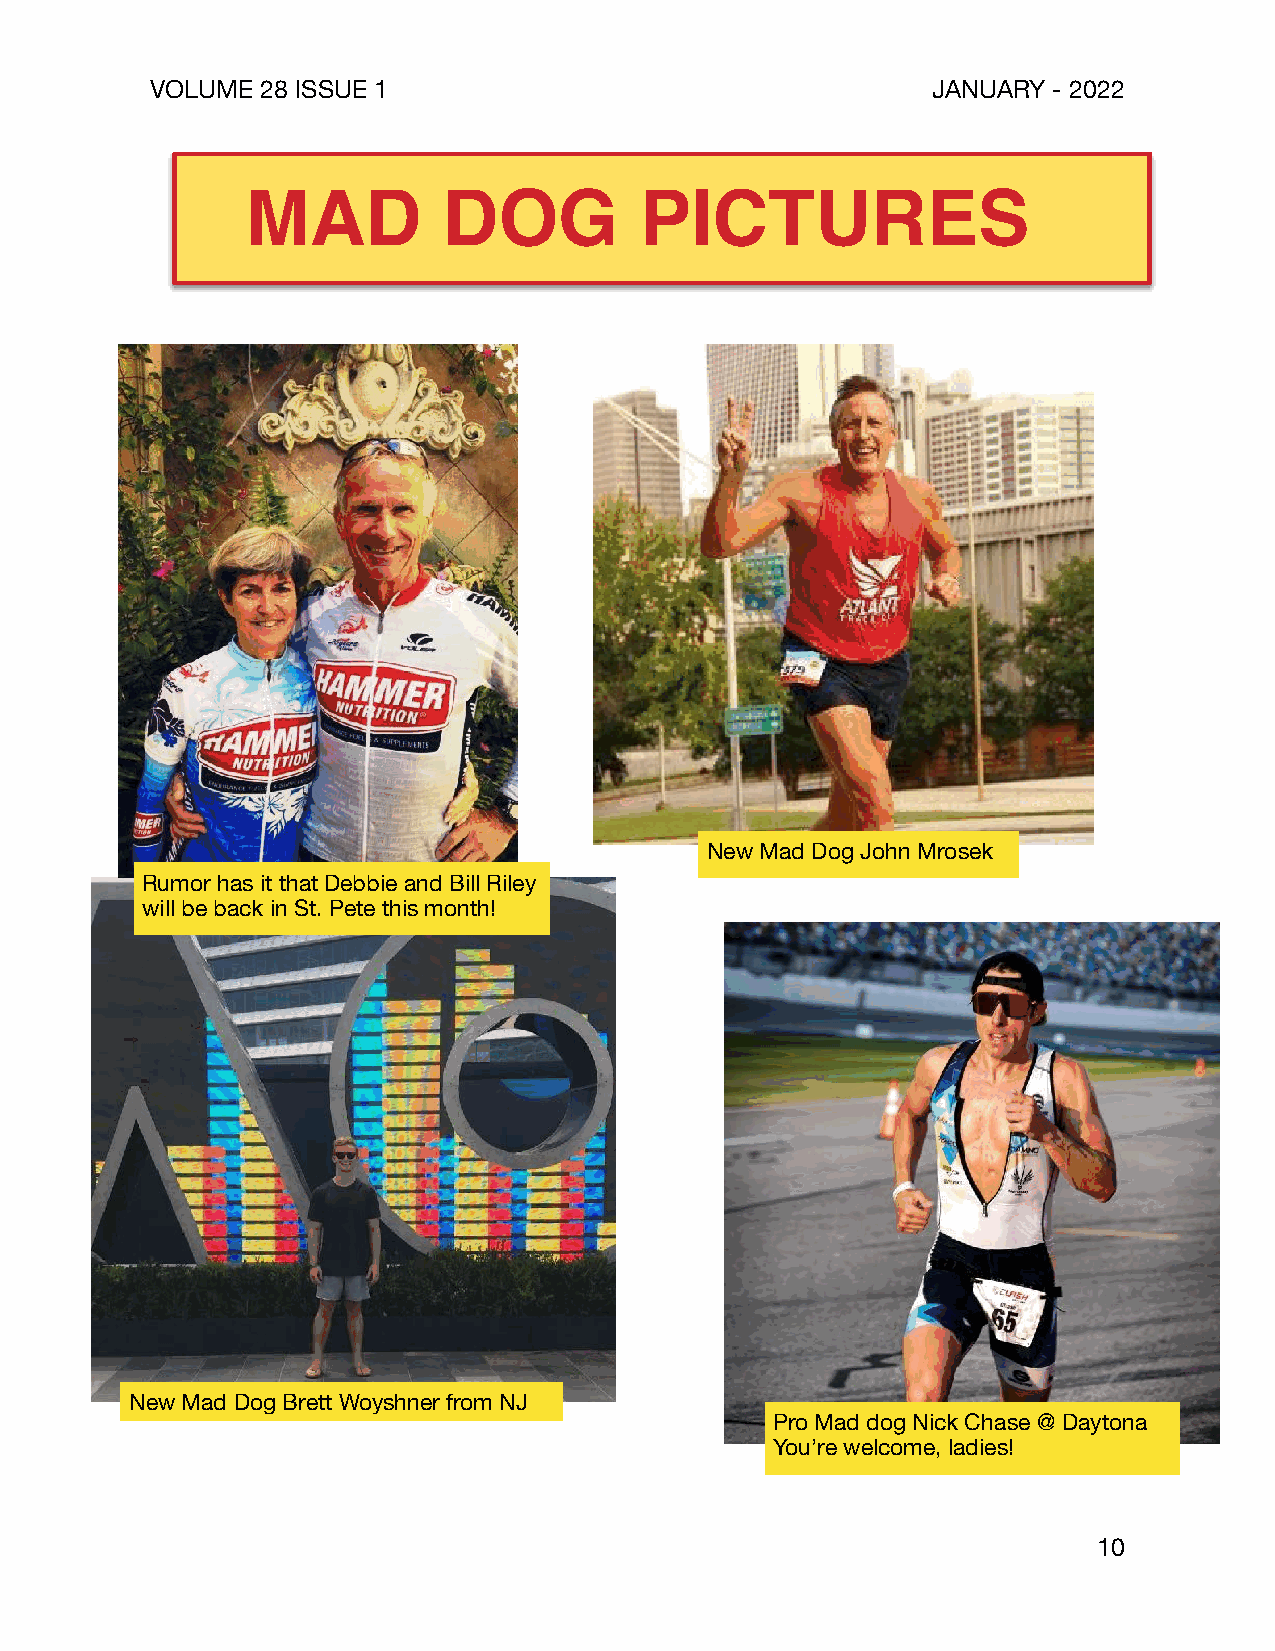
VOLUME 28 ISSUE 1                                   JANUARY - 2022
 MAD          DOG          PICTURES
 New Mad Dog John Mrosek
 Rumor has it that Debbie and Bill Riley
 will be back in St. Pete this month!
 New Mad Dog Brett Woyshner from NJ
 Pro Mad dog Nick Chase @ Daytona
 You’re welcome, ladies!
 10